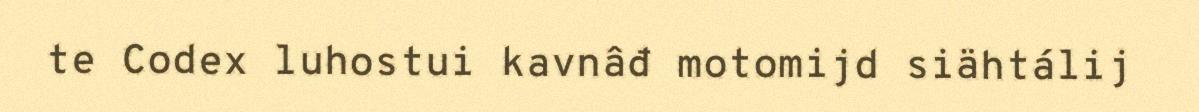
te Codex luhostui kavnâđ motomijd siähtálij